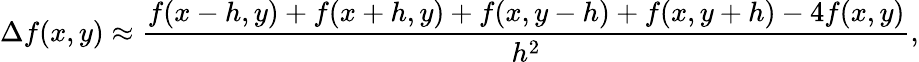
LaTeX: \Delta f(x,y)\approx{\frac{f(x-h,y)+f(x+h,y)+f(x,y-h)+f(x,y+h)-4f(x,y)}{h^{2}}},